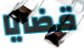
قضايا